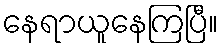
နေရာယူနေကြပြီ။